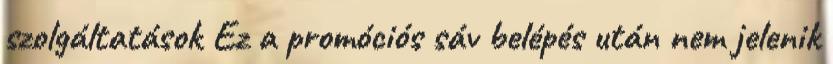
szolgáltatások Ez a promóciós sáv belépés után nem jelenik